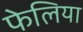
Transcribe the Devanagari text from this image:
फेलिया